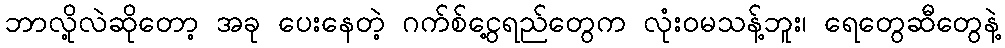
ဘာလို့လဲဆိုတော့ အခု ပေးနေတဲ့ ဂက်စ်ငွေ့ရည်တွေက လုံးဝမသန့်ဘူး၊ ရေတွေဆီတွေနဲ့